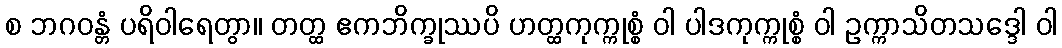
စ ဘဂဝန္တံ ပရိဝါရေတွာ။ တတ္ထ ဧကဘိက္ခုဿပိ ဟတ္ထကုက္ကုစ္စံ ဝါ ပါဒကုက္ကုစ္စံ ဝါ ဥက္ကာသိတသဒ္ဒေါ ဝါ